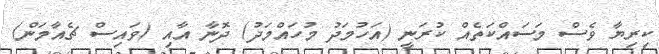
ކިރިޔާ ވެސް މަސައްކަތެއް ކުރަނީ (އަހުމަދު މުހައްމަދު) ދޮނާ އާއި (ވައިސް ޗެއާމަން)